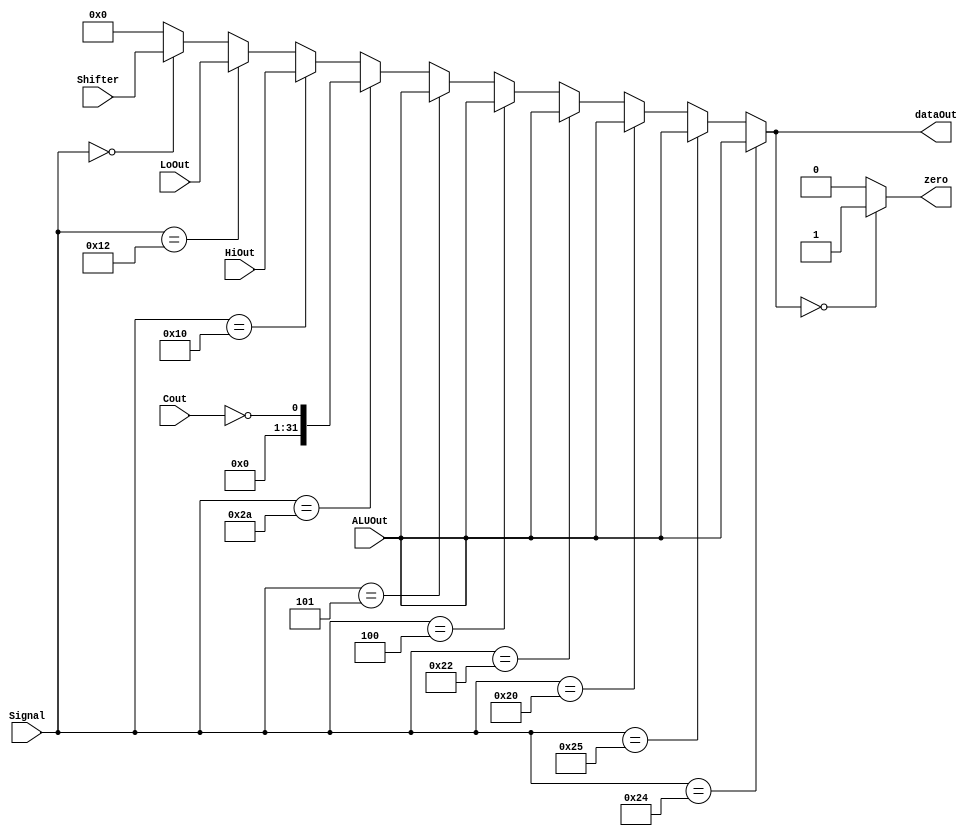
`timescale 1ns/1ns
module MUX( ALUOut, HiOut, LoOut, Shifter, Cout, Signal, dataOut, zero );
input [31:0] ALUOut ;
input [31:0] HiOut ;
input [31:0] LoOut ;
input [31:0] Shifter ;
input Cout ;
input [5:0] Signal ; 
output [31:0] dataOut ;
output zero ;

wire [31:0] temp ;
wire[31:0] tempSlt ;

parameter AND = 6'b100100; 
parameter OR  = 6'b100101;
parameter ADD = 6'b100000;
parameter SUB = 6'b100010;
parameter SLT = 6'b101010;
parameter SLL = 6'b000000;
parameter MULTU = 6'b011001;
parameter MFHI = 6'b010000;
parameter MFLO = 6'b010010;
parameter BEQ = 6'b000100;
parameter BNE = 6'b000101;

assign tempSlt[31:1] = 31'b0 ;
assign tempSlt[0] = ~Cout ;

assign temp = ( Signal == AND ) ? ALUOut :
              ( Signal == OR ) ? ALUOut :
              ( Signal == ADD ) ? ALUOut :
              ( Signal == SUB ) ? ALUOut :
			  ( Signal == BEQ ) ? ALUOut : 
			  ( Signal == BNE ) ? ALUOut : 
              ( Signal == SLT ) ? tempSlt :
              ( Signal == MFHI ) ? HiOut :
              ( Signal == MFLO ) ? LoOut :
              ( Signal == SLL ) ? Shifter : 
              32'b0 ;
assign zero = ( temp == 32'd0 ) ? 1'd1 : 1'd0 ;

assign dataOut = temp ;              



endmodule